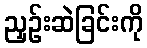
ညှဉ်းဆဲခြင်းကို